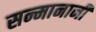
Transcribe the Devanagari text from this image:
सन्मानानी